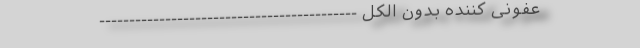
عفونی کننده بدون الکل -------------------------------------------